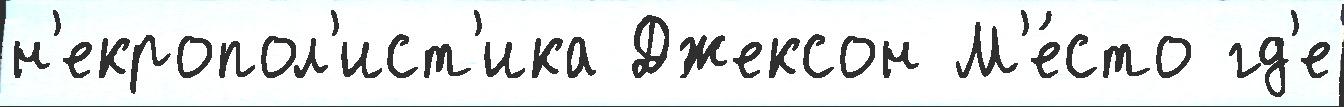
н'екропол'ист'ика Джексон М'е́сто гд'е